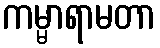
ကမ္မာရာမတာ